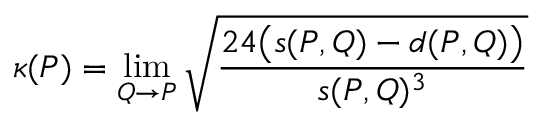
\kappa ( P ) = \operatorname* { l i m } _ { Q \to P } { \sqrt { \frac { 2 4 { \bigl ( } s ( P , Q ) - d ( P , Q ) { \bigr ) } } { s ( P , Q ) ^ { 3 } } } }